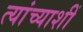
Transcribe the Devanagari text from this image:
त्यांच्याशीं